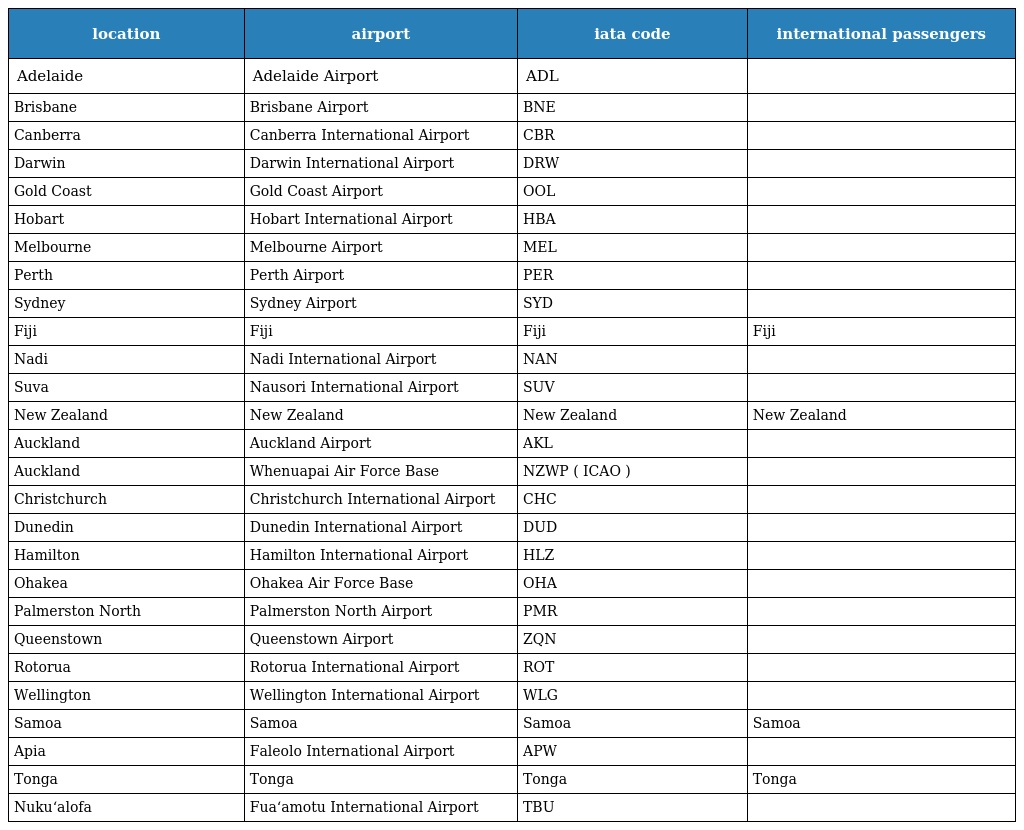
| location | airport | iata code | international passengers |
 | --- | --- | --- | --- |
 | Adelaide | Adelaide Airport | ADL |  |
 | Brisbane | Brisbane Airport | BNE |  |
 | Canberra | Canberra International Airport | CBR |  |
 | Darwin | Darwin International Airport | DRW |  |
 | Gold Coast | Gold Coast Airport | OOL |  |
 | Hobart | Hobart International Airport | HBA |  |
 | Melbourne | Melbourne Airport | MEL |  |
 | Perth | Perth Airport | PER |  |
 | Sydney | Sydney Airport | SYD |  |
 | Fiji | Fiji | Fiji | Fiji |
 | Nadi | Nadi International Airport | NAN |  |
 | Suva | Nausori International Airport | SUV |  |
 | New Zealand | New Zealand | New Zealand | New Zealand |
 | Auckland | Auckland Airport | AKL |  |
 | Auckland | Whenuapai Air Force Base | NZWP ( ICAO ) |  |
 | Christchurch | Christchurch International Airport | CHC |  |
 | Dunedin | Dunedin International Airport | DUD |  |
 | Hamilton | Hamilton International Airport | HLZ |  |
 | Ohakea | Ohakea Air Force Base | OHA |  |
 | Palmerston North | Palmerston North Airport | PMR |  |
 | Queenstown | Queenstown Airport | ZQN |  |
 | Rotorua | Rotorua International Airport | ROT |  |
 | Wellington | Wellington International Airport | WLG |  |
 | Samoa | Samoa | Samoa | Samoa |
 | Apia | Faleolo International Airport | APW |  |
 | Tonga | Tonga | Tonga | Tonga |
 | Nukuʻalofa | Fuaʻamotu International Airport | TBU |  |